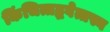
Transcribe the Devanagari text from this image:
किंचित्तद्भवेत्तस्य